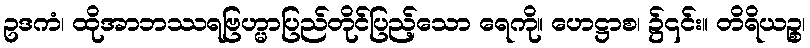
ဥဒကံ၊ ထိုအာဘဿရဗြဟ္မာပြည်တိုင်ပြည့်သော ရေကို။ ဟေဋ္ဌာစ၊ ၌၎င်း။ တိရိယဉ္စ၊